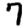
Digit: 7